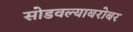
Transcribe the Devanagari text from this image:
सोडवल्याबरोबर